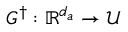
G ^ { \dagger } : \mathbb { R } ^ { d _ { a } } \rightarrow \mathcal { U }